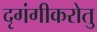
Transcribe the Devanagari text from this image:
दृगंगीकरोतु